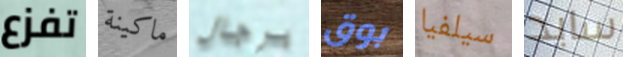
تفزع ماكينة برجال بوق سيلفيا سايد